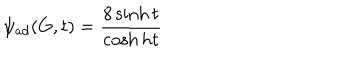
\psi _ { a d } ( G , t ) = \frac { 8 \sinh t } { \cosh h t }